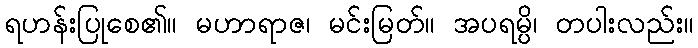
ရဟန်းပြုစေ၏။ မဟာရာဇ၊ မင်းမြတ်။ အပရမ္ပိ၊ တပါးလည်း။